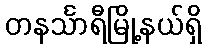
တနင်္သာရီမြို့နယ်ရှိ